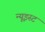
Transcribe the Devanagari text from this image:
न्यूइस्ट